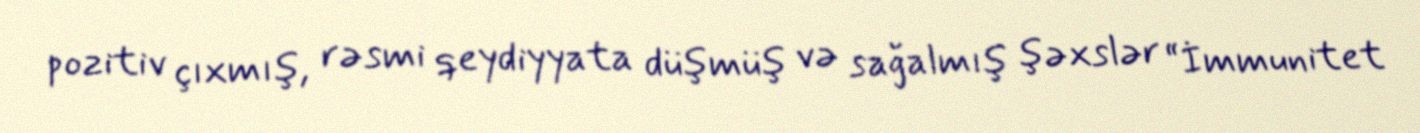
pozitiv çıxmış, rəsmi qeydiyyata düşmüş və sağalmış şəxslər “İmmunitet